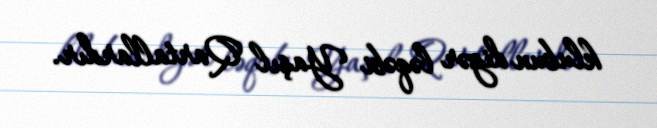
klubun digər ləqəbi Yaşıl Qartallardır.